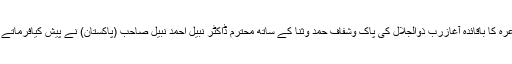
مشاعرہ کا باقائدہ آغازربِّ ذوالجَلال کی پاک وشفّاف حَمد وثنا کے ساتھ محترم ڈاکٹر نبیل احمد نبیل صاحب (پاکستان) نے پیش کیافرماتے ہیں۔